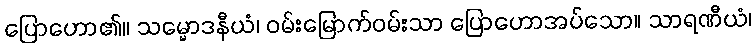
ပြောဟော၏။ သမ္မောဒနီယံ၊ ဝမ်းမြောက်ဝမ်းသာ ပြောဟောအပ်သော။ သာရဏီယံ၊